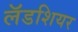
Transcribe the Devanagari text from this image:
लॅडशियर